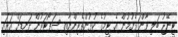
ޓީނޭޖު ބަލި ވާން ފެށުމުން އެ ޓީމުގެ ކުޅުންތެރިންނާއި ސަޕޯޓަރުން ދަނޑަށް އަރައި